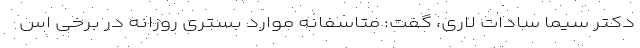
دکتر سیما سادات لاری، گفت: متاسفانه موارد بستری روزانه در برخی اس